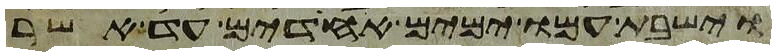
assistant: וישבת עמו ימים אחדים עד אשר